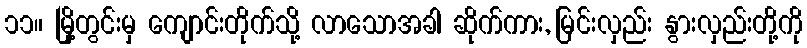
၁၁။ မြို့တွင်းမှ ကျောင်းတိုက်သို့ လာသောအခါ ဆိုက်ကား, မြင်းလှည်း နွားလှည်းတို့ကို